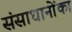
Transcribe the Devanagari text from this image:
संसाधानोंका